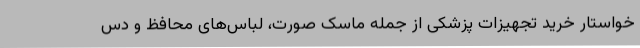
خواستار خرید تجهیزات پزشکی از جمله ماسک صورت، لباس‌های محافظ و دس